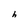
Character: h